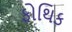
ફોથિક